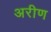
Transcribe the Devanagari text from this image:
अरीण